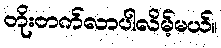
တိုးတက်လာပါလိမ့်မယ်။